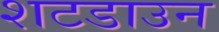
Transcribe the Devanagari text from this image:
शटडाउन